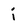
Character: i